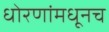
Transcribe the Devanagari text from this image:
धोरणांमधूनच